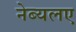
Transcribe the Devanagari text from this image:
नेब्यलए